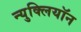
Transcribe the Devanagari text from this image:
न्युक्लियॉन